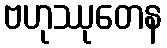
ဗဟုဿုတေန